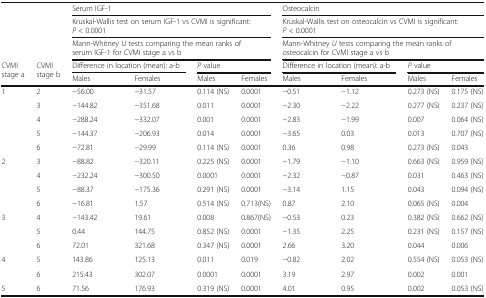
<table><thead><tr><td></td><td></td><td colspan="4"><b>Serum IGF-1</b></td><td colspan="4"><b>Osteocalcin</b></td></tr><tr><td></td><td></td><td colspan="4"><b>Kruskal-Wallis test on serum IGF-1 vs CVMI is significant: <i>P</i> &lt; 0.0001</b></td><td colspan="4"><b>Kruskal-Wallis test on osteocalcin vs CVMI is significant: <i>P</i> &lt; 0.0001</b></td></tr><tr><td></td><td></td><td colspan="4"><b>Mann-Whitney <i>U</i> tests comparing the mean ranks of serum IGF-1 for CVMI stage a vs b</b></td><td colspan="4"><b>Mann-Whitney <i>U</i> tests comparing the mean ranks of osteocalcin for CVMI stage a vs b</b></td></tr><tr><td rowspan="2"><b>CVMI stage a</b></td><td rowspan="2"><b>CVMI stage b</b></td><td colspan="2"><b>Difference in location (mean): a-b</b></td><td colspan="2"><b><i>P</i> value</b></td><td colspan="2"><b>Difference in location (mean): a-b</b></td><td colspan="2"><b><i>P</i> value</b></td></tr><tr><td><b>Males</b></td><td><b>Females</b></td><td><b>Males</b></td><td><b>Females</b></td><td><b>Males</b></td><td><b>Females</b></td><td><b>Males</b></td><td><b>Females</b></td></tr></thead><tbody><tr><td rowspan="5">1</td><td>2</td><td>−56.00</td><td>−31.57</td><td>0.114 (NS)</td><td>0.0001</td><td>−0.51</td><td>−1.12</td><td>0.273 (NS)</td><td>0.175 (NS)</td></tr><tr><td>3</td><td>−144.82</td><td>−351.68</td><td>0.011</td><td>0.0001</td><td>−2.30</td><td>−2.22</td><td>0.277 (NS)</td><td>0.237 (NS)</td></tr><tr><td>4</td><td>−288.24</td><td>−332.07</td><td>0.001</td><td>0.0001</td><td>−2.83</td><td>−1.99</td><td>0.007</td><td>0.064 (NS)</td></tr><tr><td>5</td><td>−144.37</td><td>−206.93</td><td>0.014</td><td>0.0001</td><td>−3.65</td><td>0.03</td><td>0.013</td><td>0.707 (NS)</td></tr><tr><td>6</td><td>−72.81</td><td>−29.99</td><td>0.114 (NS)</td><td>0.0001</td><td>0.36</td><td>0.98</td><td>0.273 (NS)</td><td>0.043</td></tr><tr><td rowspan="4">2</td><td>3</td><td>−88.82</td><td>−320.11</td><td>0.225 (NS)</td><td>0.0001</td><td>−1.79</td><td>−1.10</td><td>0.663 (NS)</td><td>0.959 (NS)</td></tr><tr><td>4</td><td>−232.24</td><td>−300.50</td><td>0.0001</td><td>0.0001</td><td>−2.32</td><td>−0.87</td><td>0.031</td><td>0.463 (NS)</td></tr><tr><td>5</td><td>−88.37</td><td>−175.36</td><td>0.291 (NS)</td><td>0.0001</td><td>−3.14</td><td>1.15</td><td>0.043</td><td>0.094 (NS)</td></tr><tr><td>6</td><td>−16.81</td><td>1.57</td><td>0.514 (NS)</td><td>0.713(NS)</td><td>0.87</td><td>2.10</td><td>0.065 (NS)</td><td>0.004</td></tr><tr><td rowspan="3">3</td><td>4</td><td>−143.42</td><td>19.61</td><td>0.008</td><td>0.867(NS)</td><td>−0.53</td><td>0.23</td><td>0.382 (NS)</td><td>0.662 (NS)</td></tr><tr><td>5</td><td>0.44</td><td>144.75</td><td>0.852 (NS)</td><td>0.0001</td><td>−1.35</td><td>2.25</td><td>0.231 (NS)</td><td>0.157 (NS)</td></tr><tr><td>6</td><td>72.01</td><td>321.68</td><td>0.347 (NS)</td><td>0.0001</td><td>2.66</td><td>3.20</td><td>0.044</td><td>0.006</td></tr><tr><td rowspan="2">4</td><td>5</td><td>143.86</td><td>125.13</td><td>0.011</td><td>0.019</td><td>−0.82</td><td>2.02</td><td>0.554 (NS)</td><td>0.053 (NS)</td></tr><tr><td>6</td><td>215.43</td><td>302.07</td><td>0.0001</td><td>0.0001</td><td>3.19</td><td>2.97</td><td>0.002</td><td>0.001</td></tr><tr><td>5</td><td>6</td><td>71.56</td><td>176.93</td><td>0.319 (NS)</td><td>0.0001</td><td>4.01</td><td>0.95</td><td>0.002</td><td>0.053 (NS)</td></tr></tbody></table>